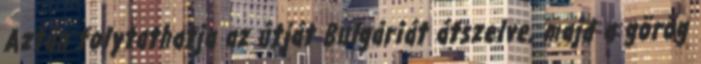
Aztán folytathatja az útját Bulgáriát átszelve, majd a görög